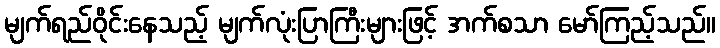
မျက်ရည်ဝိုင်းနေသည့် မျက်လုံးပြာကြီးများဖြင့် အက်စသာ မော်ကြည့်သည်။